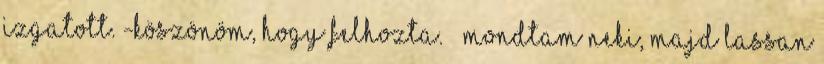
izgatott. -Köszönöm, hogy felhozta. – mondtam neki, majd lassan